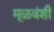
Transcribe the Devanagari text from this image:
मूळवंशी